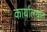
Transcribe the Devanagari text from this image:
कार्यालय़ांत